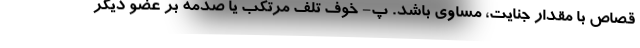
قصاص با مقدار جنایت، مساوی باشد. پ- خوف تلف مرتکب یا صدمه بر عضو دیگر